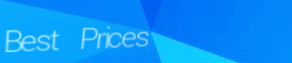
Best Prices